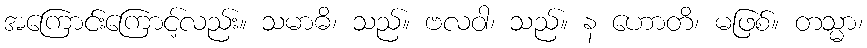
အကြောင်းကြောင့်လည်း။ သမာဓိ၊ သည်။ ဗလဝါ၊ သည်။ န ဟောတိ၊ မဖြစ်။ တသ္မာ၊